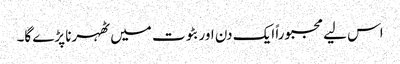
اس لیے مجبوراً ایک دن اور بٹوت میں ٹھہرنا پڑے گا۔